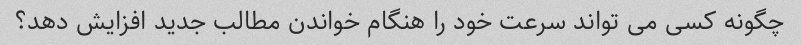
چگونه کسی می تواند سرعت خود را هنگام خواندن مطالب جدید افزایش دهد؟